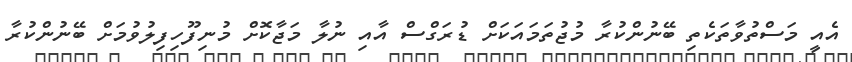
އެއީ މަސްތުވާތަކެތި ބޭނުންކުރާ މުޖުތަމައަކަށް ޑުރަގްސް އާއި ނުލާ މަޖާކޮށް މުނިފޫހިފިލުވުމަށް ބޭނުންކުރާ